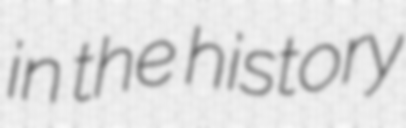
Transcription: in the history